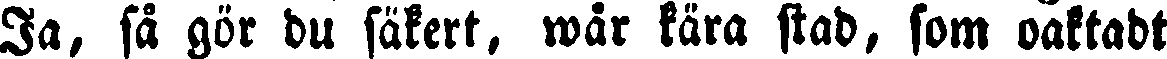
Ja, så gör du säkert, wår kära stad, som oaktadt